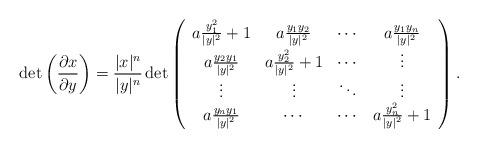
LaTeX: \begin{align*}\det \left(\frac{\partial x}{\partial y}\right) = \frac{|x|^n}{|y|^n} \det \left( \begin{array}{cccc} a\frac{y_1^2}{|y|^2}+1 & a\frac{y_1 y_2}{|y|^2} & \cdots & a\frac{y_1y_n}{|y|^2}\\ a\frac{y_2y_1}{|y|^2} & a\frac{y_2^2}{|y|^2}+1 & \cdots & \vdots\\ \vdots & \vdots & \ddots & \vdots\\ a\frac{y_ny_1}{|y|^2} & \cdots &\cdots & a\frac{y_n^2}{|y|^2}+1 \end{array} \right).\end{align*}